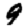
Digit: 9